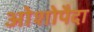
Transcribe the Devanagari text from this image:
ओशोपैदा